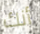
أنك